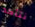
نتأكد